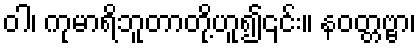
ဝါ၊ ကုမာရိဘူတာတို့ဟူ၍၎င်း။ နဝတ္တဗ္ဗာ၊